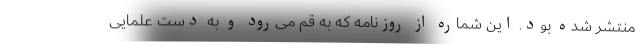
منتشر شده بود. این شماره از روزنامه که به قم می‌رود و به دست علمایی